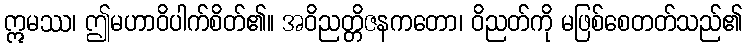
ဣမဿ၊ ဤမဟာဝိပါက်စိတ်၏။ အဝိညတ္တိဇနကတော၊ ဝိညတ်ကို မဖြစ်စေတတ်သည်၏